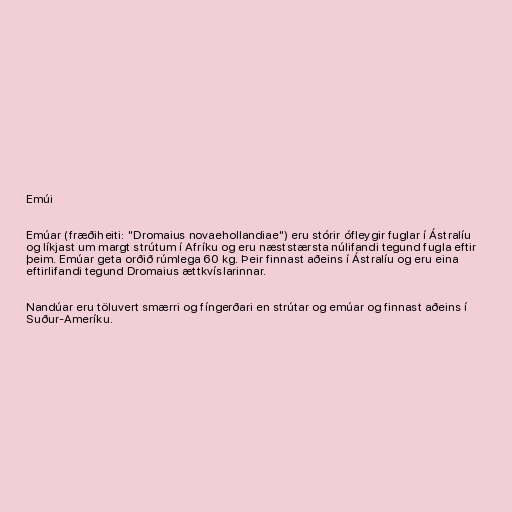
Emúi

Emúar (fræðiheiti: "Dromaius novaehollandiae") eru stórir ófleygir fuglar í Ástralíu
og líkjast um margt strútum í Afríku og eru næststærsta núlifandi tegund fugla eftir
þeim. Emúar geta orðið rúmlega 60 kg. Þeir finnast aðeins í Ástralíu og eru eina
eftirlifandi tegund Dromaius ættkvíslarinnar.

Nandúar eru töluvert smærri og fíngerðari en strútar og emúar og finnast aðeins í
Suður-Ameríku.